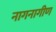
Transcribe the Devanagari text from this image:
नागनागीण